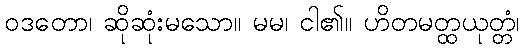
ဝဒတော၊ ဆိုဆုံးမသော။ မမ၊ ငါ၏။ ဟိတမတ္ထယုတ္တံ၊